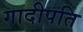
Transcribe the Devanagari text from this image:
गादीपति